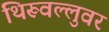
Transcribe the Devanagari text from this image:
थिरूवल्लुवर